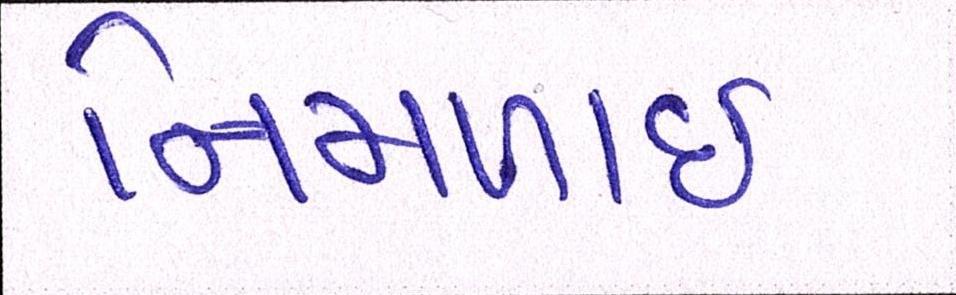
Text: નિમળાઈ